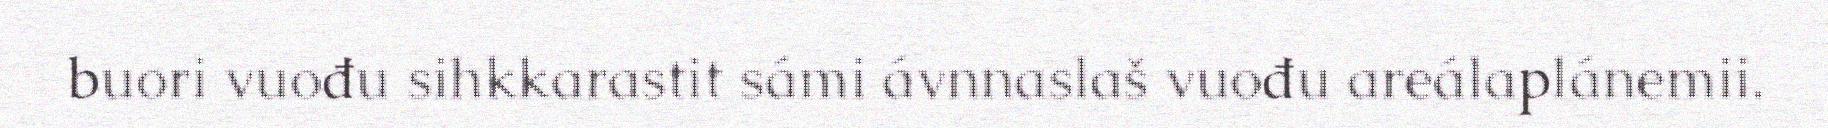
buori vuođu sihkkarastit sámi ávnnaslaš vuođu areálaplánemii.